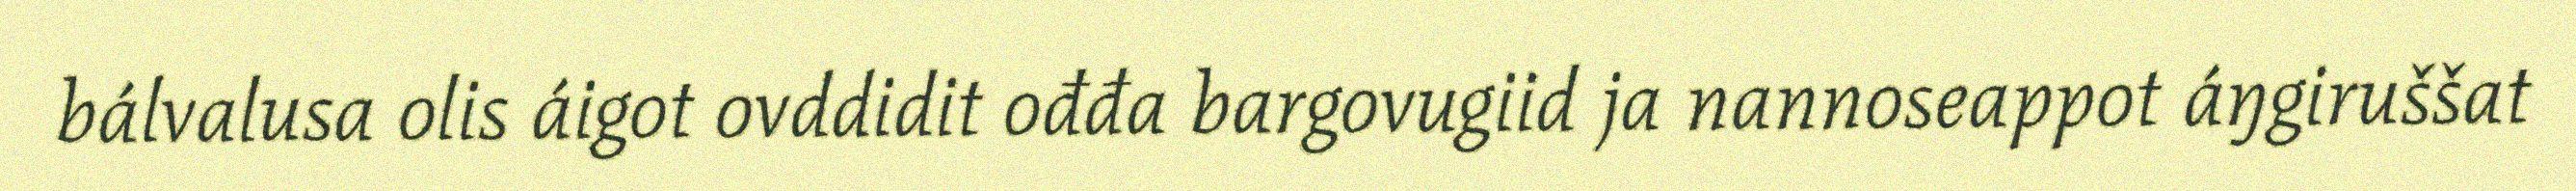
bálvalusa olis áigot ovddidit ođđa bargovugiid ja nannoseappot áŋgiruššat